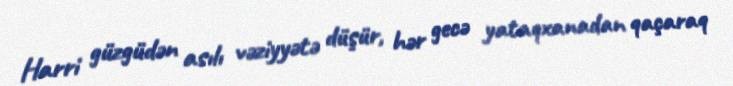
Harri güzgüdən asılı vəziyyətə düşür, hər gecə yataqxanadan qaçaraq